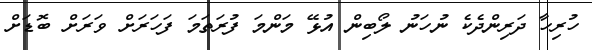
ހުރިހާ ދަރިންދެކެ ނުހަނު ލޯބިން އުޅޭ މަންމަ ފުރަތަމަ ފަހަރަށް ވަރަށް ބޮޑަށް